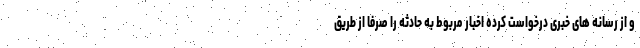
و از رسانه های خبری درخواست کرده اخبار مربوط به حادثه را صرفا از طریق